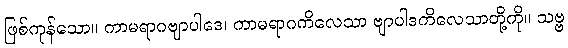
ဖြစ်ကုန်သော။ ကာမရာဂဗျာပါဒေ၊ ကာမရာဂကိလေသာ ဗျာပါဒကိလေသာတို့ကို။ သဗ္ဗ